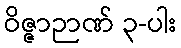
ဝိဇ္ဇာဉာဏ် ၃-ပါး